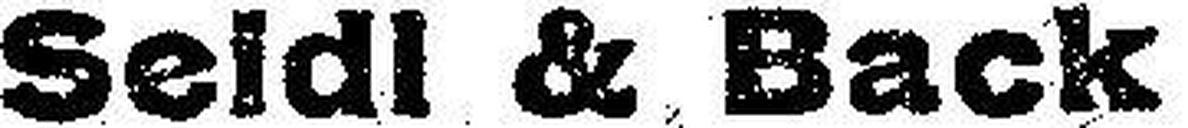
Seidl & Back